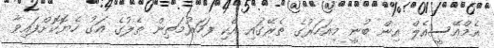
އެމްއޭސީއެލް އިން ބުނީ މިއަހަރުގެ ތެރޭގައި އެކި ފަހަރުމަތިން ތެލުގެ އަގު ހެޔޮކޮށްފައިވާ